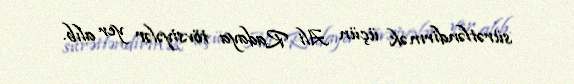
sürətləndirmək üçün Ali Radaya tövsiyələr yer alıb.